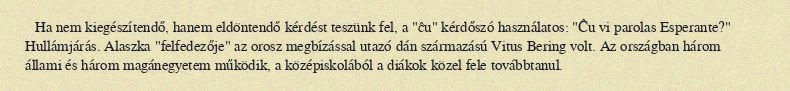
Ha nem kiegészítendő, hanem eldöntendő kérdést teszünk fel, a "ĉu" kérdőszó használatos: "Ĉu vi parolas Esperante?" Hullámjárás. Alaszka "felfedezője" az orosz megbízással utazó dán származású Vitus Bering volt. Az országban három állami és három magánegyetem működik, a középiskolából a diákok közel fele továbbtanul.